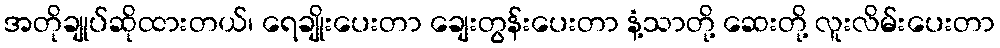
အတိုချုပ်ဆိုထားတယ်၊ ရေချိုးပေးတာ ချေးတွန်းပေးတာ နံ့သာတို့ ဆေးတို့ လူးလိမ်းပေးတာ